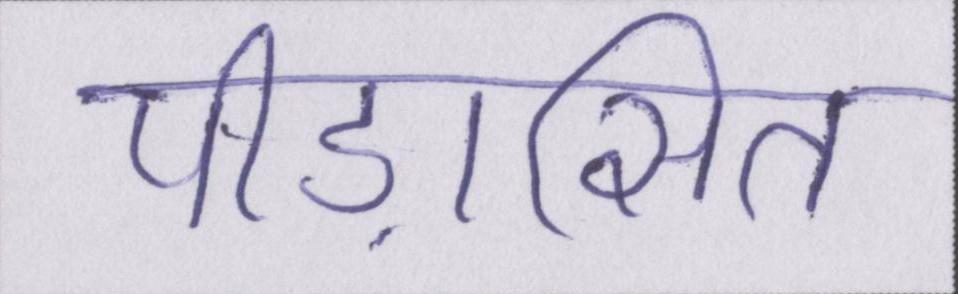
पीड़ासित